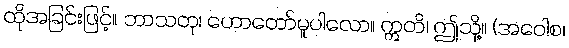
ထိုအခြင်းဖြင့်။ ဘာသတု၊ ဟောတော်မူပါလော။ ဣတိ၊ ဤသို့။ (အဝေါစ၊